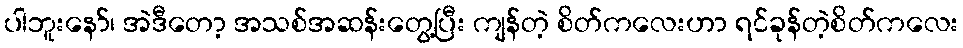
ပါဘူးနော်၊ အဲဒီတော့ အသစ်အဆန်းတွေ့ပြီး ကျန်တဲ့ စိတ်ကလေးဟာ ရင်ခုန်တဲ့စိတ်ကလေး